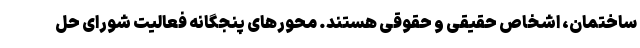
ساختمان، اشخاص حقیقی و حقوقی هستند. محورهای پنجگانه فعالیت شورای حل